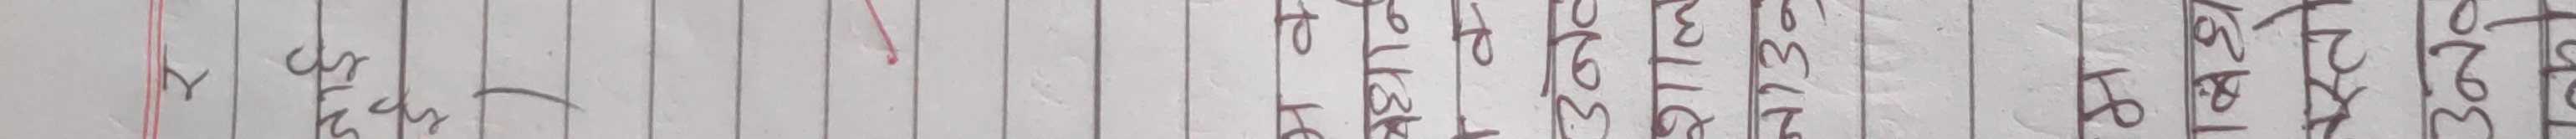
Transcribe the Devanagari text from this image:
१ साथै